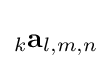
_{k}\mathbf {a} _{l,m,n}